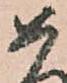
如